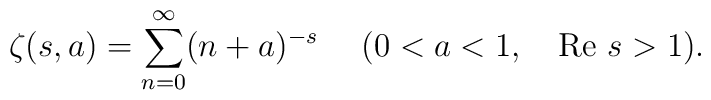
\zeta(s,a)=\sum_{n=0}^{\infty}(n+a)^{-s}~~~~(0<a<1,~~~{\rm Re}~s>1).